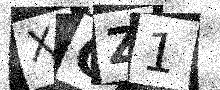
Text: XOZ1